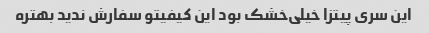
این سری پیتزا خیلی‌خشک بود این کیفیتو سفارش‌ ندید بهتره